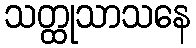
သတ္ထုသာသနေ